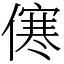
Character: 㒏